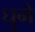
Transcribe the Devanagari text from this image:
घुगे